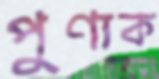
পুণ্যক